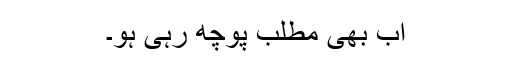
اب بھی مطلب پوچھ رہی ہو۔